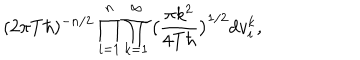
( 2 \pi T \hbar ) ^ { - n / 2 } \prod _ { i = 1 } ^ { n } \prod _ { k = 1 } ^ { \infty } \big ( \frac { \pi k ^ { 2 } } { 4 T \hbar } \big ) ^ { 1 / 2 } d v _ { i } ^ { k } ,